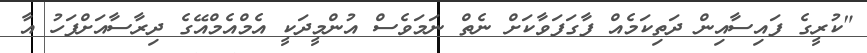
"ކުރީގެ ފައިސާއިން ދަތިކަމެއް ފާގަފަވާކަށް ނެތް ނަމަވެސް އުންމީދަކީ އެމްއެމްއޭގެ ދިރާސާއަށްފަހު އާ